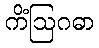
ကိံဩဂဓာ